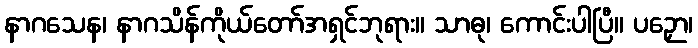
နာဂသေန၊ နာဂသိန်ကိုယ်တော်အရှင်ဘုရား။ သာဓု၊ ကောင်းပါပြီ။ ပဉှော၊